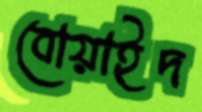
বোয়াইদ